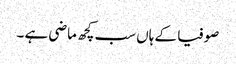
صوفیا کے ہاں سب کچھ ماضی ہے ۔